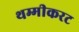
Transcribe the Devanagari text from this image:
थम्मीकरट